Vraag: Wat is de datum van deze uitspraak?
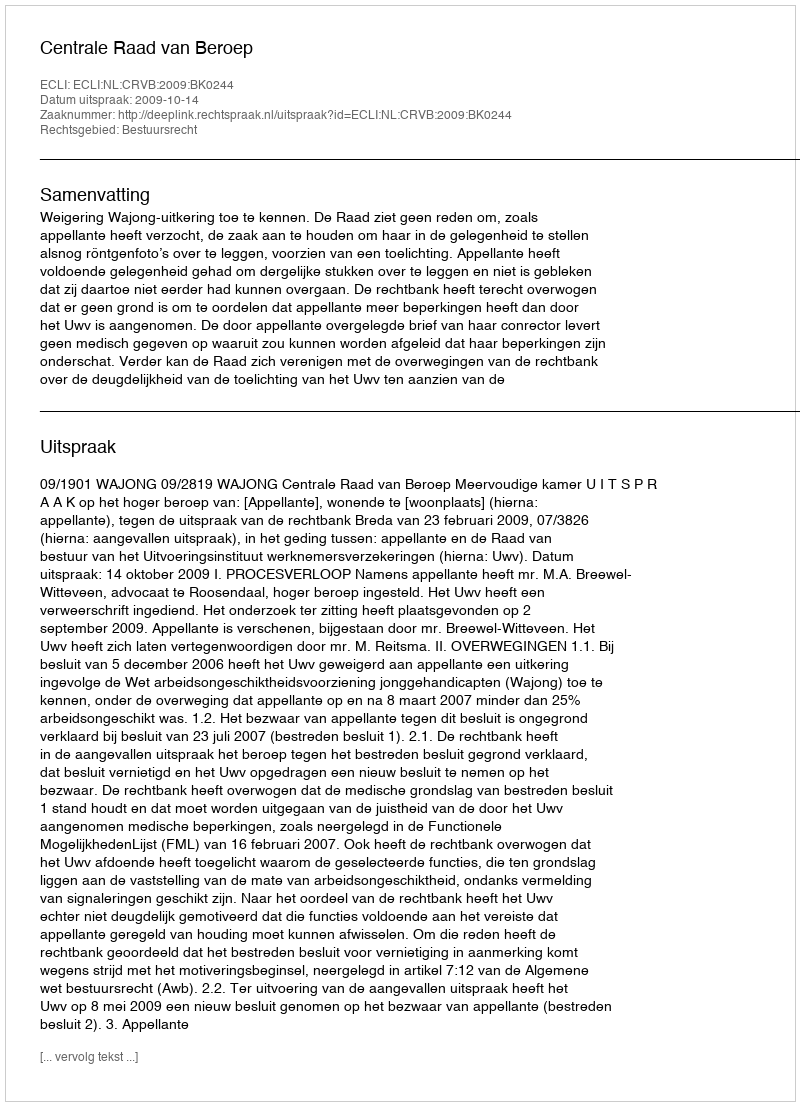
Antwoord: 2009-10-14